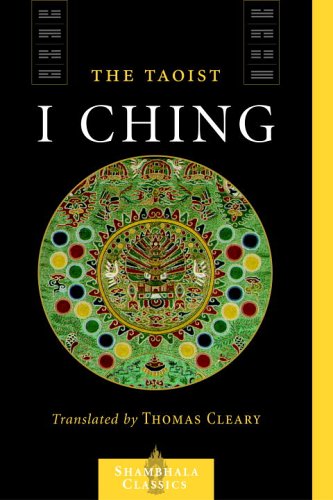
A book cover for The Taoist I Ching (Shambhala Classics); Lui I-Ming; Religion & Spirituality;